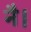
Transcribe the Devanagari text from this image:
नै।